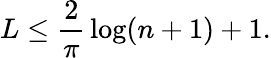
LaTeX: L\leq{\frac{2}{\pi}}\log(n+1)+1.